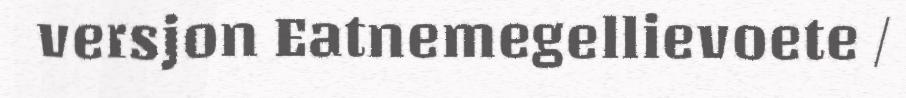
versjon Eatnemegellievoete /